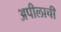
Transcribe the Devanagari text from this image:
अपीलाची